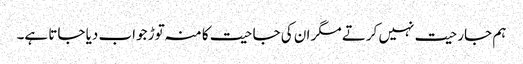
ہم جارحیت نہیں کرتے مگر ان کی جاحیت کا منہ توڑ جواب دیا جاتا ہے۔